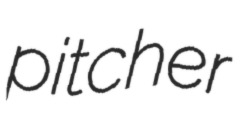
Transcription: pitcher